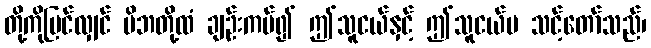
တို့ကိုမြင်လျှင် မိဘတို့ထံ ချဉ်းကပ်၍ ဤသူငယ်နှင့် ဤသူငယ်မ သင့်တော်သည်၊